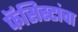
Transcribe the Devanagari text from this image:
फॅसिस्टांचा